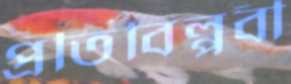
প্রতিবিপ্লবী